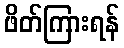
ဖိတ်ကြားရန်